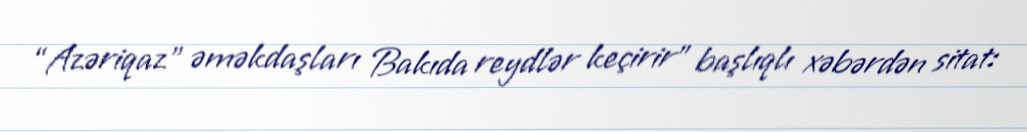
“Azəriqaz” əməkdaşları Bakıda reydlər keçirir" başlıqlı xəbərdən sitat: